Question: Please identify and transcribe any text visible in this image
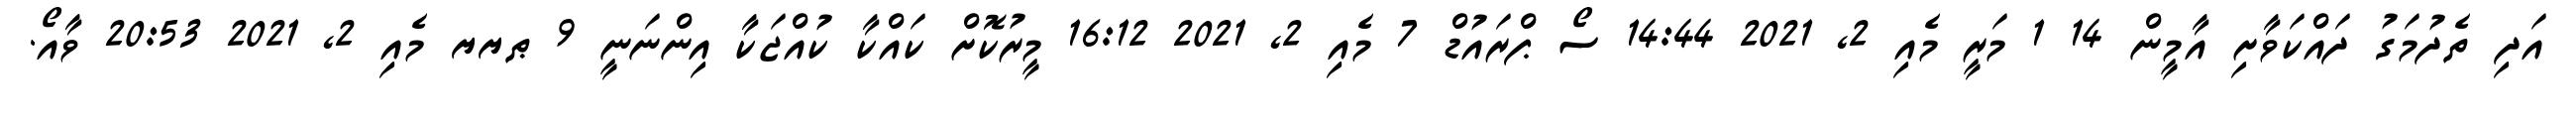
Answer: އަދި ތެދުމަގު ދައްކަވާށި އާމީން 14 1 މަރީ މެއި 2, 2021 14:44 ސޯ ޕްރައުޑް 7 މެއި 2, 2021 16:12 މީރުކޮށް ކައްކާ ކުއްޖަކާ އިންނަނީ 9 ޠޔޔ މެއި 2, 2021 20:53 ވާއޯ.